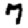
Digit: 7